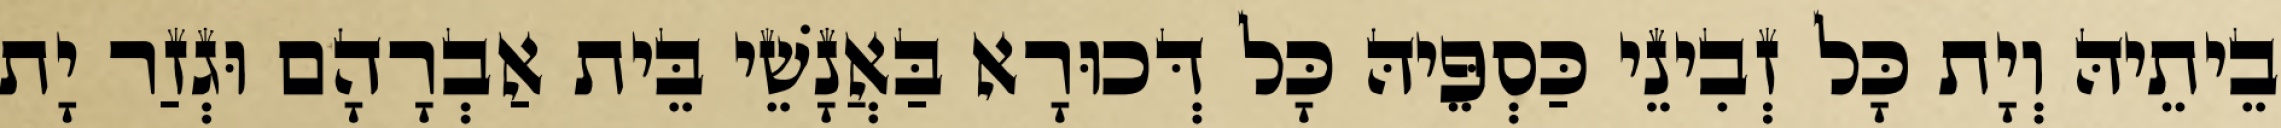
בֵיתֵיהּ וְיָת כָּל זְבִינֵי כַּסְפֵּיהּ כָּל דְּכוּרָא בַּאֲנָשֵׁי בֵּית אַבְרָהָם וּגְזַר יָת